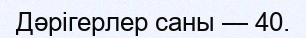
Дәрігерлер саны — 40.